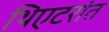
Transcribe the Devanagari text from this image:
थिएटरांत